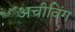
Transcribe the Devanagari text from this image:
अचीविंग